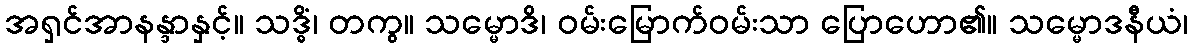
အရှင်အာနန္ဒာနှင့်။ သဒ္ဓိံ၊ တကွ။ သမ္မောဒိ၊ ဝမ်းမြောက်ဝမ်းသာ ပြောဟော၏။ သမ္မောဒနီယံ၊